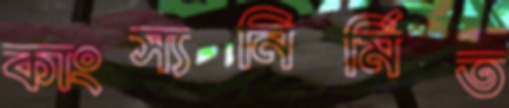
কাংস্যনির্মিত